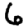
Digit: 6